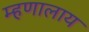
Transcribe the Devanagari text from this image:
म्हणालाय